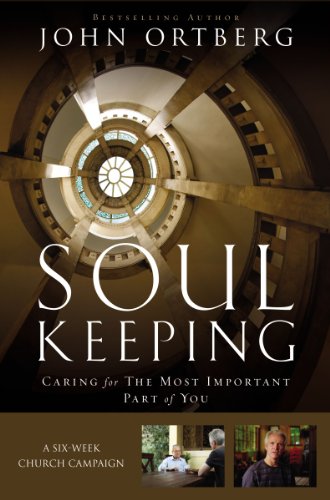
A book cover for Soul Keeping Curriculum Kit: Caring for the Most Important Part of You; John Ortberg; Christian Books & Bibles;